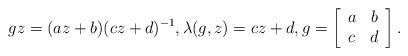
LaTeX: \begin{align*}gz=(az+b)(cz+d)^{-1},\lambda(g,z)=cz+d,g=\left[\begin{array}{cc}a & b\\c & d\end{array}\right].\end{align*}